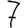
Digit: 7